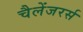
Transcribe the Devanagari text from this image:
चैलेंजरर्स